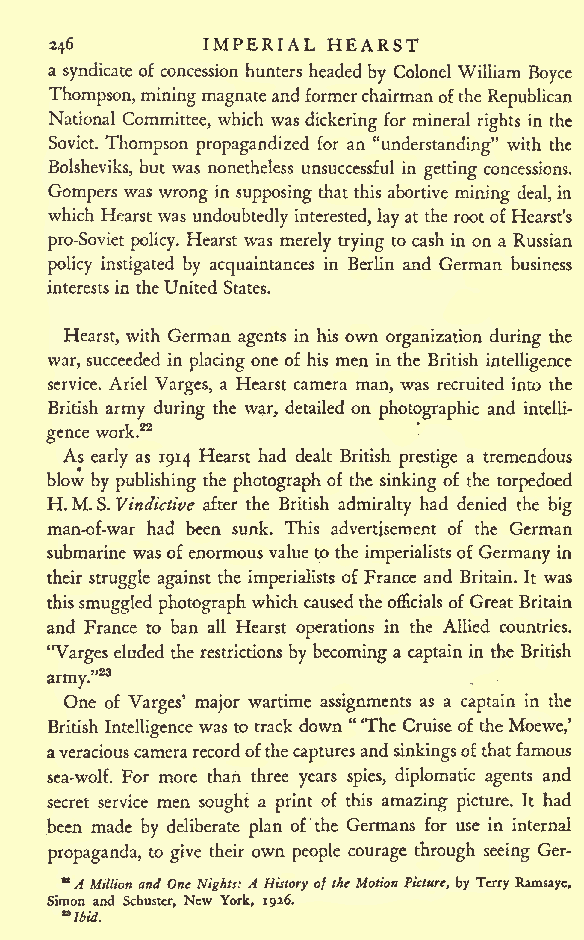
IMPERIAL HEARST
 246
 a syndicate of concession hunters headedby Colonel William Boyce
 Thompson,miningmagnateandformerchairmanofthe
 Republican
 National Committee, which was dickering for mineral rights in the
 Soviet. Thompson propagandized for an "understanding" with the
 Bolsheviks, but was nonetheless unsuccessful in getting concessions.
 Gompers was wrong in supposing that this abortive mining deal,in
 which Hearst was undoubtedly interested, layat the rootof Hearst's
 pro-Soviet policy. Hearst was merely trying to cash in on a Russian
 policy instigated by acquaintances in Berlin and German business
 interestsintheUnited States.
 Hearst, with German agents in his own organization during the
 war, succeeded in placing one of his men in the British intelligence
 service. Ariel Varges, a Hearst camera man, was recruited into the
 British army during the war, detailed on photographic and intelli-
 gencework.22
 As early as 1914 Hearst had dealt British prestige a tremendous
 blow by publishing the photographof the sinking of the torpedoed
 H.M.S. Vindictive after the British admiralty had denied the big
 man-of-war had been sunk. This advertisement of the German
 submarinewasofenormousvalueto the imperialistsof Germany in
 their struggle against the imperialists of France and Britain. It was
 thissmuggledphotograph which causedtheofficials of Great Britain
 and France to ban all Hearst operations in the Allied countries.
 "Varges eluded the restrictionsbybecominga captain in the British
 23
 army."
 One of Varges' major wartime assignments as a captain in the
 British Intelligencewas to track down " 'The Cruise of theMoewe,'
 averaciouscamerarecordofthecapturesand sinkingsofthatfamous
 sea-wolf. For more than three years spies, diplomatic agents and
 secret service men sought a print of this amazing picture. It had
 been made by deliberate plan of the Germans for use in internal
 propaganda, to give their own people courage through seeing Ger-
 "A Million and OneNights: A History oftheMotion Picture, by Terry Ramsayc,
 Simon and Schuster, New York, 1926.
 "Ibid.